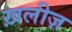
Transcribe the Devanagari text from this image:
ख़लीज़